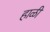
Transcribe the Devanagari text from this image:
हाळी